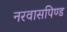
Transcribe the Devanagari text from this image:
नरवासपिण्ड